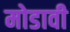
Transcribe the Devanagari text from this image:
मोडावी